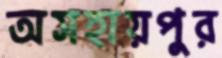
অসহায়পুর